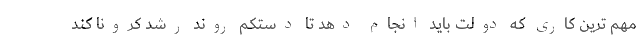
مهم ترین کاری که دولت باید انجام دهد تا دستکم روند رشد کرونا کُند